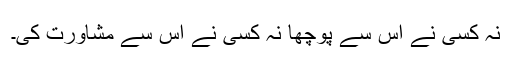
نہ کسی نے اس سے پوچھا نہ کسی نے اس سے مشاورت کی۔